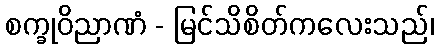
စက္ခုဝိညာဏံ - မြင်သိစိတ်ကလေးသည်၊